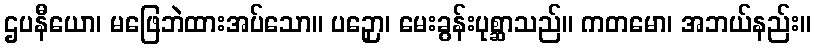
ဌပနီယော၊ မဖြေဘဲထားအပ်သော။ ပဉှော၊ မေးခွန်းပုစ္ဆာသည်။ ကတမော၊ အဘယ်နည်း။